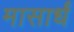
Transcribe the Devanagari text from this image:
मासार्धं